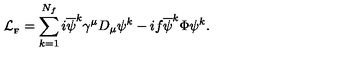
{ \cal L } _ { _ { \mathrm { F } } } = \sum _ { k = 1 } ^ { N _ { f } } i { \overline { \psi } } ^ { k } \gamma ^ { \mu } D _ { \mu } \psi ^ { k } - i f { \overline { \psi } } ^ { k } \Phi \psi ^ { k } .